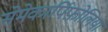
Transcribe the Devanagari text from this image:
सेमेकार्पिफ़ोलिया